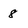
Character: 8